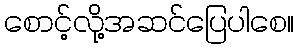
စောင့်လို့အဆင်ပြေပါစေ။